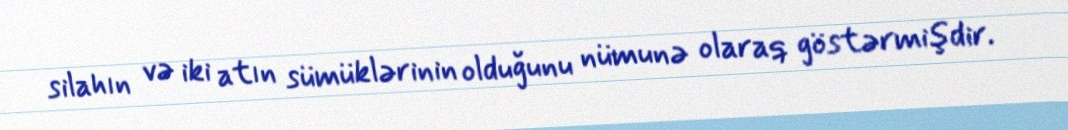
silahın və iki atın sümüklərinin olduğunu nümunə olaraq göstərmişdir.